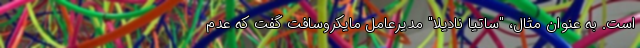
است. به عنوان مثال، "ساتيا ناديلا" مدیرعامل مایکروسافت گفت که عدم